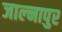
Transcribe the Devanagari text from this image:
जाल्नापुर